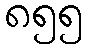
၈၅၅